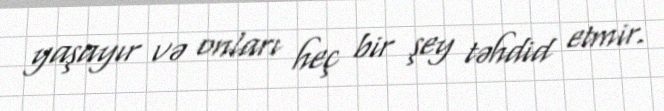
yaşayır və onları heç bir şey təhdid etmir.